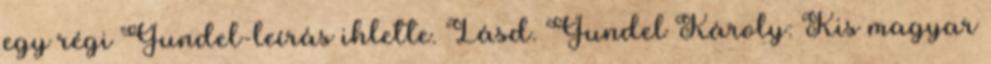
egy régi Gundel-leírás ihlette. Lásd. Gundel Károly: Kis magyar